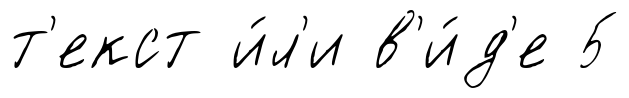
т'екст и́л'и в'и́д'е 5